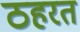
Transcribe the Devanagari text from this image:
ठहरत